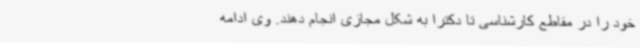
خود را در مقاطع کارشناسی تا دکترا به شکل مجازی انجام دهند. وی ادامه